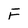
Character: F